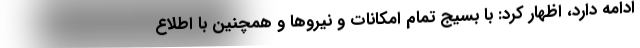
ادامه دارد، اظهار کرد: با بسیج تمام امکانات و نیروها و همچنین با اطلاع